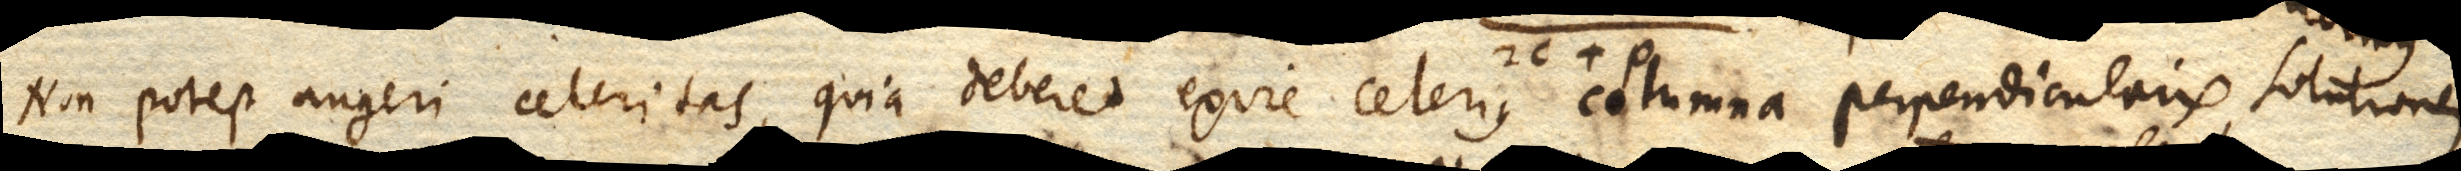
Non potest augeri celeritas, quia deberet exire celerius columna perpendicularis,